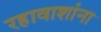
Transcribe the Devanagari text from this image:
रहावाशांना